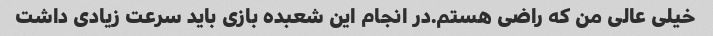
خیلی عالی من که راضی هستم.در انجام این شعبده بازی باید سرعت زیادی داشت